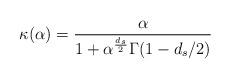
LaTeX: \begin{align*}\kappa(\alpha) = \frac{\alpha}{1 + \alpha^\frac{d_s}{2}\Gamma(1 - d_s/2)}\end{align*}